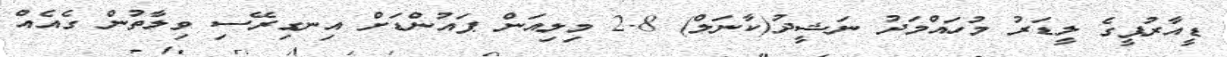
ޑީއާރުޕީގެ ލީޑަރު މުހައްމަދު ނަޝީދު(ކާނަލް) 2.8 މިލިއަން ޕައުންޑަށް އިނގިރޭސި ވިލާތުން ގެއެއް